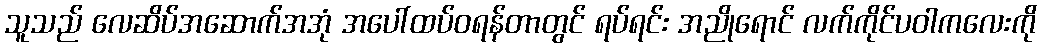
သူသည် လေဆိပ်အဆောက်အအုံ အပေါ်ထပ်ဝရန်တာတွင် ရပ်ရင်း အညိုရောင် လက်ကိုင်ပဝါကလေးကို